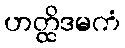
ဟတ္ထိဒမကံ